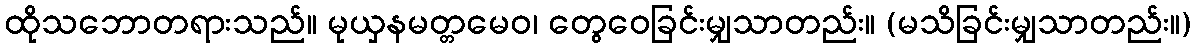
ထိုသဘောတရားသည်။ မုယှနမတ္တမေဝ၊ တွေဝေခြင်းမျှသာတည်း။ (မသိခြင်းမျှသာတည်း။)